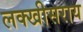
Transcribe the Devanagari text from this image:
लक्‍खीसराय